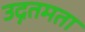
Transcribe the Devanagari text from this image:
उद्गतमता